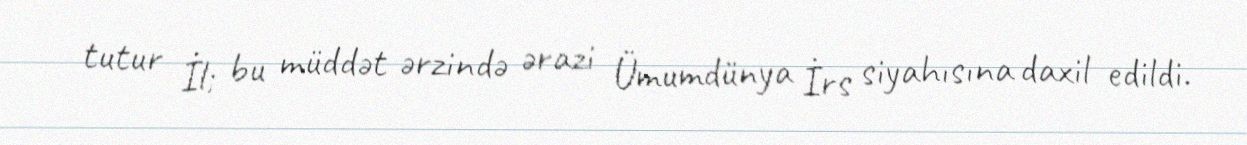
tutur İl; bu müddət ərzində ərazi Ümumdünya İrs siyahısına daxil edildi.